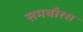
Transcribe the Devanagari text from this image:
समचौरस